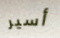
أسير